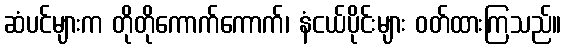
ဆံပင်များက တိုတိုကောက်ကောက်၊ နံငယ်ပိုင်းများ ဝတ်ထားကြသည်။